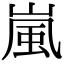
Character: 嵐